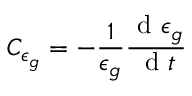
C _ { \epsilon _ { g } } = - \frac { 1 } { \epsilon _ { g } } \frac { \mathrm { ~ d ~ } \epsilon _ { g } } { \mathrm { ~ d ~ } t }